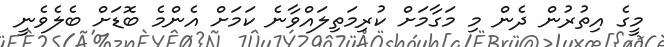
މީގެ އިތުރުން ދެން މި މަގާމަށް ކުރިމަތިލައްވާނެ ކަމަށް އެންމެ ބޮޑަށް ބެލެވެނީ